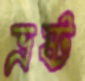
ভ্রষ্ট